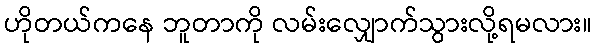
ဟိုတယ်ကနေ ဘူတာကို လမ်းလျှောက်သွားလို့ရမလား။